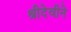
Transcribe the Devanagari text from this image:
श्रीदेवीने